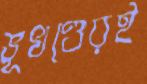
ভূখণ্ডেরই